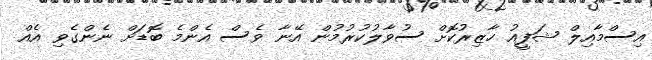
އިސްމާއިލް ޝަފީއު ހާޒިރުކޮށް ސުވާލުކުރުމުން އޭނާ ވެސް އެންމެ ބޮޑަށް ނެންގެވި އެއް